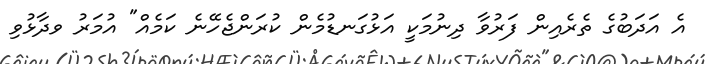
އެ އަދަބުގެ ތެރެއިން ފަރުވާ ދިނުމަކީ އަޅުގަނޑުމެން ކުރަންޖެހޭނެ ކަމެއް" އުމަރު ވދާޅުވި